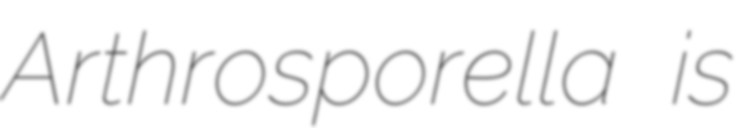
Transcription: Arthrosporella is